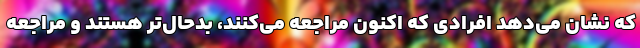
که نشان می‌دهد افرادی که اکنون مراجعه می‌کنند، بدحال‌تر هستند و مراجعه